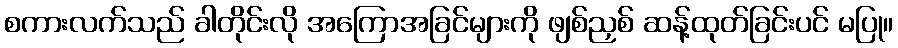
စကားလက်သည် ခါတိုင်းလို အကြောအခြင်များကို ဖျစ်ညှစ် ဆန့်ထုတ်ခြင်းပင် မပြု။